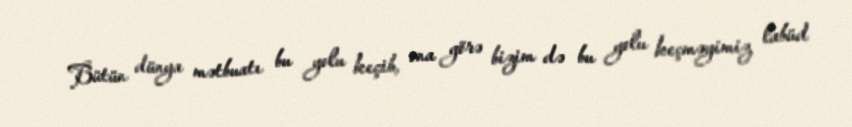
Bütün dünya mətbuatı bu yolu keçib, ona görə bizim də bu yolu keçməyimiz labüd